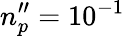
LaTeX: n_{p}^{\prime\prime}=10^{-1}